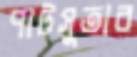
পাটসুতার